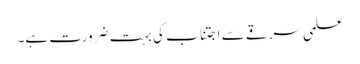
علمی سرقے سے اجتناب کی بہت ضرورت ہے۔